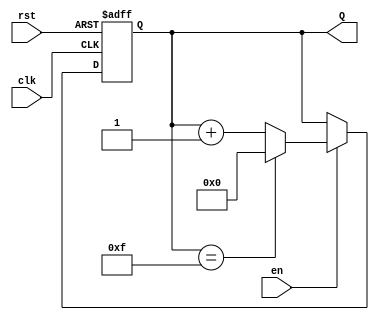
module binary_up_counter #(
    parameter N = 4  // Default to a 4-bit counter; this can be changed as needed
) (
    input wire clk,    // Clock signal
    input wire rst,    // Asynchronous reset signal
    input wire en,     // Enable signal
    output reg [N-1:0] Q // n-bit output count
);

    // On every rising edge of the clock
    always @(posedge clk or posedge rst) begin
        // Check for asynchronous reset
        if (rst) begin
            Q <= 0;  // Reset counter to 0
        end else if (en) begin
            // Increment the counter
            if (Q == (1 << N) - 1) begin
                Q <= 0;  // Wrap around if maximum value is reached
            end else begin
                Q <= Q + 1; // Increment the count
            end
        end
    end

endmodule